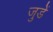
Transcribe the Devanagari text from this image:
जुडें